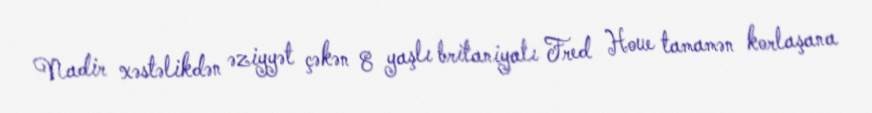
Nadir xəstəlikdən əziyyət çəkən 8 yaşlı britaniyalı Fred Houe tamamən korlaşana